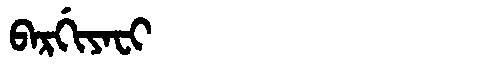
Manchu: ᠪᠠᡵᡤᡳᠶᠠᠸᡳ
Romanization: BARGIYAFI